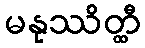
မနုဿိတ္ထီ